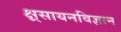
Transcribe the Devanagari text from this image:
क्ष्रसायनविज्ञान